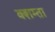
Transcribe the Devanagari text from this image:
क्शम्ता